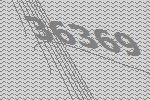
36369